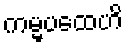
ကမ္မပထေဟိ